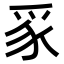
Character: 𭶮